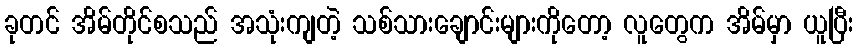
ခုတင် အိမ်တိုင်စသည် အသုံးကျတဲ့ သစ်သားချောင်းများကိုတော့ လူတွေက အိမ်မှာ ယူပြီး